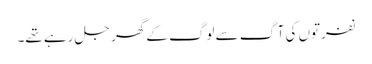
نفرتوں کی آگ سے لوگ کے گھر جل رہے تھے۔